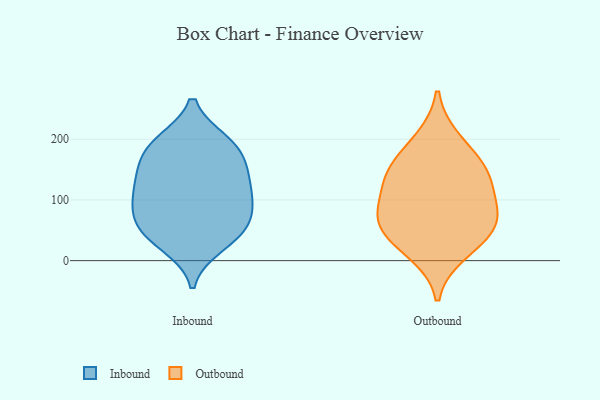
{"axis": {"x": "Bounce Rate (%)", "y": "Value"}, "legend": ["Inbound", "Outbound"], "data": [{"x": "", "y": 41, "type": "Inbound"}, {"x": "", "y": 192, "type": "Inbound"}, {"x": "", "y": 82, "type": "Inbound"}, {"x": "", "y": 195, "type": "Inbound"}, {"x": "", "y": 26, "type": "Inbound"}, {"x": "", "y": 170, "type": "Inbound"}, {"x": "", "y": 139, "type": "Inbound"}, {"x": "", "y": 49, "type": "Inbound"}, {"x": "", "y": 144, "type": "Inbound"}, {"x": "", "y": 122, "type": "Inbound"}, {"x": "", "y": 189, "type": "Inbound"}, {"x": "", "y": 85, "type": "Inbound"}, {"x": "", "y": 117, "type": "Inbound"}, {"x": "", "y": 52, "type": "Inbound"}, {"x": "", "y": 90, "type": "Inbound"}, {"x": "", "y": 13, "type": "Outbound"}, {"x": "", "y": 46, "type": "Outbound"}, {"x": "", "y": 152, "type": "Outbound"}, {"x": "", "y": 135, "type": "Outbound"}, {"x": "", "y": 104, "type": "Outbound"}, {"x": "", "y": 48, "type": "Outbound"}, {"x": "", "y": 200, "type": "Outbound"}, {"x": "", "y": 76, "type": "Outbound"}, {"x": "", "y": 152, "type": "Outbound"}, {"x": "", "y": 74, "type": "Outbound"}]}